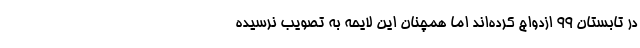
در تابستان ۹۹ ازدواج کرده‌اند اما همچنان این لایحه به تصویب نرسیده